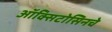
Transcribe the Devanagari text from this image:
ऑक्सिटोसिनचे